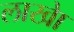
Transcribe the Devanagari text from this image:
लाखेा